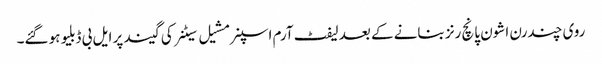
روی چندرن اشون پانچ رنز بنانے کے بعد لیفٹ آرم اسپنر مشیل سیٹنر کی گیند پر ایل بی ڈبلیو ہو گئے۔